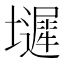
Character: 𫮼